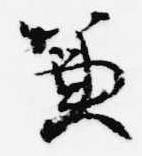
兼